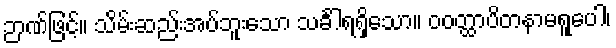
ဉာဏ်ဖြင့်။ သိမ်းဆည်းအပ်ဘူးသော သင်္ခါရရှိသော။ ဝဝတ္ထာပိတနာမရူပေါ၊